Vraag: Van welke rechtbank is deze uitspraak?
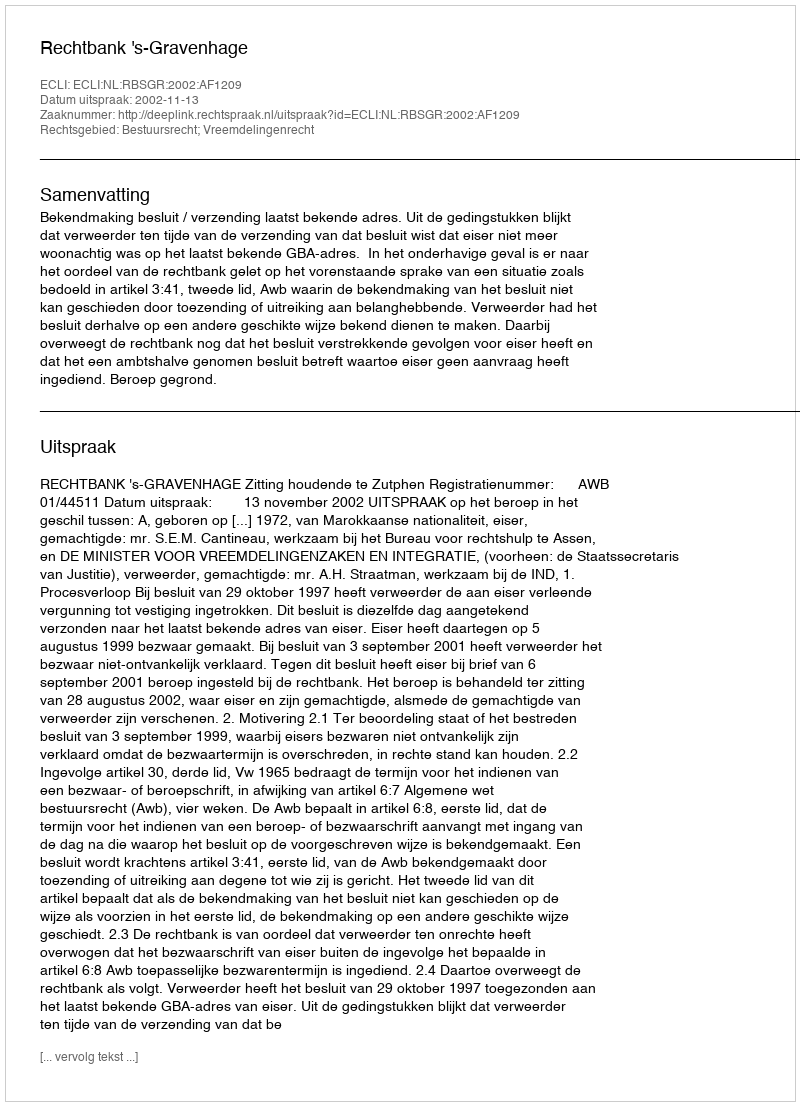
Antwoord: Rechtbank 's-Gravenhage